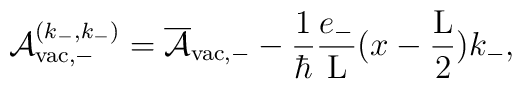
{\cal A}_{{\rm vac},-}^{(k_{-},k_{-})} =\overline{\cal A}_{{\rm vac},-} - \frac{1}{\hbar}\frac{e_{-}}{\rm L} (x - \frac{\rm L}{2}) k_{-},